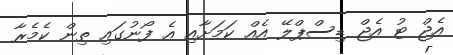
އެޖް ޓު އެޖް ޑިސްޕްލޭ އެއް ކަމަށާއި އެ ފޯނުގައި ތިން ކެމެރާ